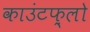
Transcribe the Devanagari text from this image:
काउंटफ़्लो